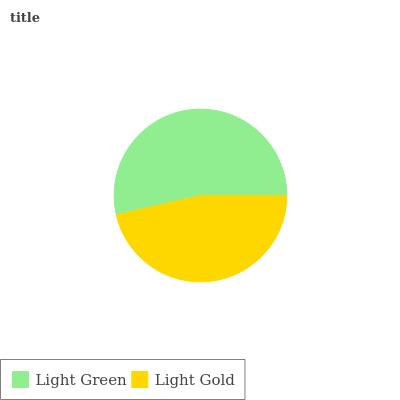
| Light Green | Light Gold |
 | --- | --- |
 | 53.6% | 46.4% |